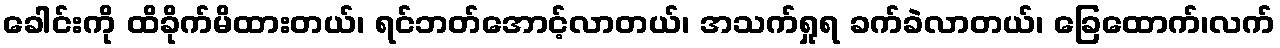
ခေါင်းကို ထိခိုက်မိထားတယ်၊ ရင်ဘတ်အောင့်လာတယ်၊ အသက်ရှုရ ခက်ခဲလာတယ်၊ ခြေထောက်၊လက်